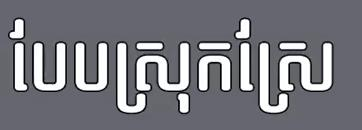
បែបស្រុកស្រែ